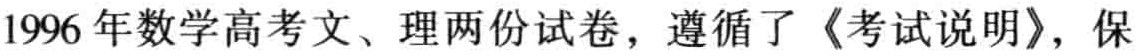
1996年数学高考文、理两份试卷，遵循了《考试说明》，保